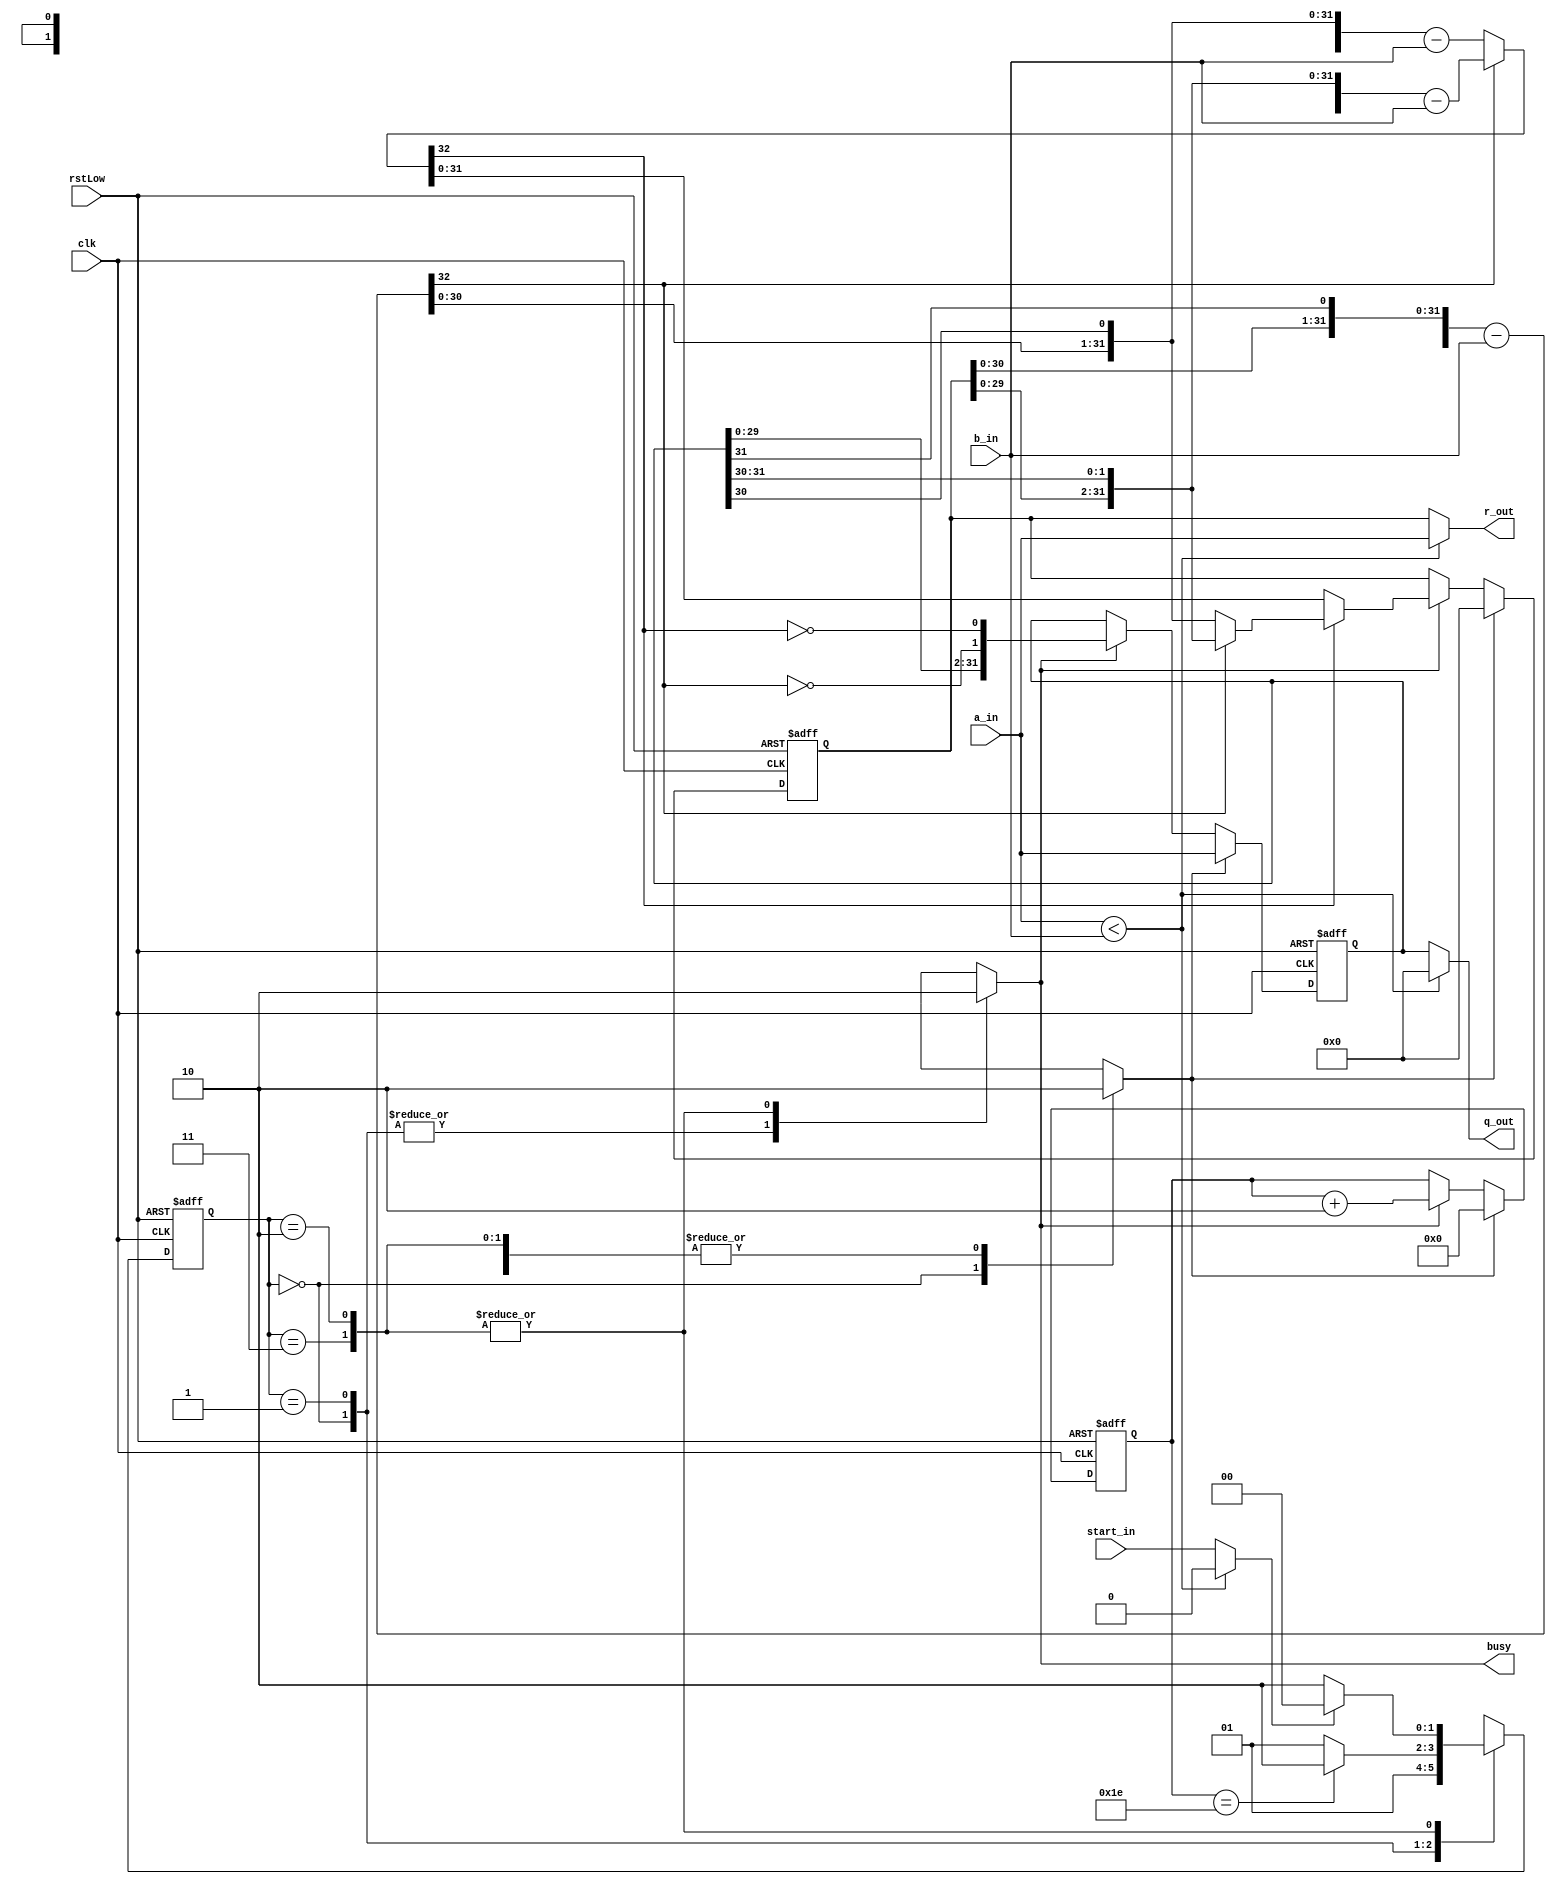
// Telecommunications Master Dissertation - Francis Fuentes 23-10-2020
// Divider HW model following a restoring design for unsigned inputs.
// Normal operation includes maintaining the results until there's a synchronous start signal.
// This "double" version of the restoring divider has the ability of performing the double of 
// quotient bits per clock cycle using two subtraction modules. This way, the clock latency 
// halves down to 16 as maximum, but increases the combinational latency in the Loop phase of 
// the operation, as the critical path in that execution frame has practically doubled. With 
// CLA it may lower, but I doubt I'll implement it.

module dDIVrest32u(a_in, b_in, start_in, clk, rstLow, q_out, r_out, busy);
// Input operands and control signals.
input      [31:0] a_in; // Dividend
input      [31:0] b_in; // Divisor
input      start_in;    // start operation flag.
input      clk;         // Clock signal
input      rstLow;      // Reset signal at low

// Output results and busy flag.
output     [31:0] q_out; // Quotient result.
output     [31:0] r_out; // Remainder result.
output reg        busy;  // Ongoing operation flag (results when goes low).

// Intern registers.
reg     [31:0] reg_q;	 // Dividend register that ends with the quotient.
reg     [31:0] reg_r;	 // Remainder or partial remainder register.

// Output and start blocking in special case of dividend < quotient to single-cycle.
wire start;
wire DividendLowerDivisor;

assign  DividendLowerDivisor = a_in < b_in;
assign 	start = (DividendLowerDivisor ? 1'b0  : start_in);
assign 	q_out = (DividendLowerDivisor ? 32'b0 : reg_q);
assign 	r_out = (DividendLowerDivisor ? a_in  : reg_r);

// Intern control signals.
reg     [4:0] count; // Iteration counter.
reg           init;  // Initialize control signal (counter, registers, etc).

// Intern results signals.
wire 	[32:0] res1;	// Combinational subtraction result for next iteration.
wire    [32:0] res2;
wire    [31:0] finalRes;// Returns de correct result depending over the sub modules results.
assign         res1 = {reg_r[31:0], reg_q[31]} - {1'b0, b_in};
  // The second subtract unit takes the first result if it's positive, as the partial remainder
  // has to be descounted by the divisor once. But as the second sub unit works at a lower order,
  // loads it left shifted once.
assign         res2 = res1[32] ? {reg_r[30:0], reg_q[31:30]} - {1'b0, b_in}
                               : {res1[31:0],  reg_q[30]}    - {1'b0, b_in};

  // As there's two subtractor units but the second loads from the first if necessary,
  // here's only needed to apply: (1) if neither of both has a positive result, load next
  // shift; (2) if the second has a positive result (it will get the correct input depending
  // over the first result), load result from the second subtractor; (3) if the second doesn't
  // have a positive but the first does, load the result from the first subtractor.
assign         finalRes = (res2[32] ? (res1[32] ? {reg_r[29:0], reg_q[31:30]} 
                                                : {res1[30:0], reg_q[30]})
                                    : res2[31:0]);


// *************************
// ** State machine logic **
// *************************
	// State machine registers and parameter values.
reg 		[1:0] State;
parameter	[1:0] Prep = 2'd0, Loop = 2'd1, Finish = 2'd2, Free = 2'd3;


	// Next state control management.
always @(posedge clk or negedge rstLow)
 if (!rstLow) State <= Finish;
 else case(State) // All possible outcomes must be defined to avoid latches.
 	Prep:     // Load in one cycle the operands and continue to Loop.
		State = Loop;

	Loop:	// Change to Finish when count = 31 or to Prep if is rst.
		State = (count == 5'd30 ? Finish : Loop);

	Finish, Free: //Finish: // Maintain results until rst or next start.
		State = (start ? Prep : Finish);
 endcase


	// State machine control signals output.
always @(State)
 case(State)
	Prep: begin 		// Preparation phase:
		busy = 1'b1;	// Load input operands and
		init = 1'b1;	// to prepare for operation
	      end		// execution.

	Loop: begin		// Loop or Operation phase:
		busy = 1'b1;	// Enable iteration counter 
		init = 1'b0;	// and at each iteration,
	      end	      	// perform the required ops.

	Finish, Free: begin	// Finish or Idle phase:
		busy = 1'b0;	// Stop operating and wait
	   	init = 1'b0; 	// maintaing the results,
	      end	        // until a new operation 
 endcase		        // is requested.


// **********************
// ** Sequential logic **
// **********************

always @(posedge clk or negedge rstLow)
 if (!rstLow) count <= 5'b0;
 else if (init) count <= 5'b0;
      else if (busy) count <= count + 3'd2;

 // Because the dividend shifts two positions each cycle, the last cycle can overflow
 // the counter (do an extra shift). To avoid that, the control signal oneShiftLeft is used.
always @(posedge clk or negedge rstLow)
 if (!rstLow) reg_q <= 32'b0;
 else if (init) reg_q <= a_in;
      else if (busy) reg_q <=  {reg_q[29:0], !res1[32], !res2[32]}; // Load next LShift.

always @(posedge clk or negedge rstLow)
 if (!rstLow) reg_r <= 32'b0;
 else if (init) reg_r <= 32'b0;
      else if (busy) reg_r <= finalRes;

endmodule